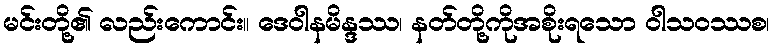
မင်းတို့၏ လည်းကောင်း။ ဒေဝါနမိန္ဒဿ၊ နတ်တို့ကိုအစိုးရသော ဝါသဝဿစ၊